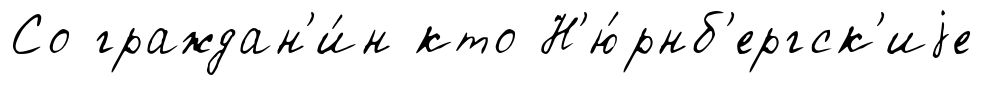
Со граждан'и́н кто Н'ю́рнб'ергск'иjе